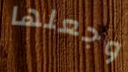
وجعلها